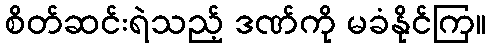
စိတ်ဆင်းရဲသည့် ဒဏ်ကို မခံနိုင်ကြ။